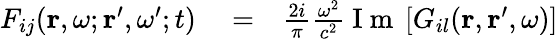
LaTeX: \begin{array}{rlr}{F_{ij}(\mathbf{r},\omega;\mathbf{r}^{\prime},\omega^{\prime};t)}&{{}=}&{\frac{2i}{\pi}\frac{\omega^{2}}{c^{2}}\mathrm{~I~m~}\left[G_{il}(\mathbf{r},\mathbf{r}^{\prime},\omega)\right]}\end{array}